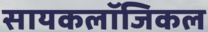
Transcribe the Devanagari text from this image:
सायकलॉजिकल